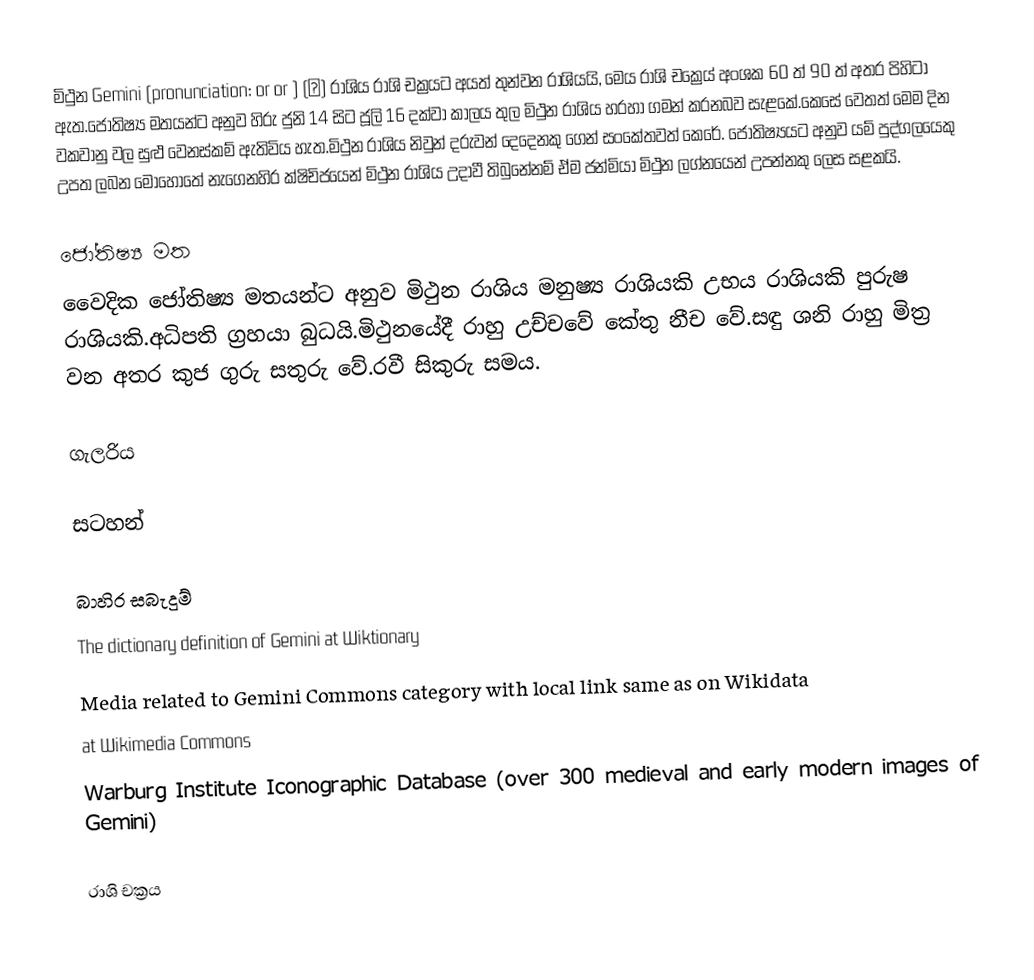
මිථුන Gemini (pronunciation:  or   or ) (♊)  රාශිය රාශි චක්‍රයට අයත් තුන්වන රාශියයි, මෙය රාශි චක්‍රෙය් අංශක 60 ත් 90 ත් අතර පිහිටා ඇත.ජෝතිෂ්‍ය මතයන්ට අනුව හිරු ජුනි 14 සිට ජූලි 16 දක්වා කාලය තුල මිථුන රාශිය හරහා ගමන් කරනබව සැළකේ.කෙසේ වෙතත් මෙම දින වකවානු වල සුළු වෙනස්කම් ඇතිවිය හැත.මිථුන රාශිය නිවුන් දරුවන් දෙදෙනකු ගෙන් සංකේතවත් කෙරේ. ජෝතිෂ්‍යයට අනුව යම් පුද්ගලයෙකු උපත ලබන මොහොතේ නැගෙනහිර ක්ෂිචිජයෙන් මිථුන රාශිය උදාවී තිබුනේනම් ඒම ජන්මියා මිථුන ලග්නයෙන් උපන්නකු ලෙස සළකයි.

ජෝතිෂ්‍ය මත
වෙෙදික ජෝතිෂ්‍ය මතයන්ට අනුව මිථුන රාශිය මනුෂ්‍ය රාශියකි උභය රාශියකි පුරුෂ රාශියකි.අධිපති ග්‍රහයා බුධයි.මිථුනයේදී රාහු උච්චවේ කේතු  නීච වේ.සඳු ශනි රාහු මිත්‍ර වන අතර කුජ ගුරු සතුරු වේ.රවී සිකුරු සමය.

ගැලරිය

සටහන්

බාහිර සබැදුම්
  The dictionary definition of Gemini at Wiktionary
  Media related to Gemini Commons category with local link same as on Wikidata
 at Wikimedia Commons
 Warburg Institute Iconographic Database (over 300 medieval and early modern images of Gemini)

රාශි චක්‍රය